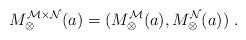
LaTeX: \begin{align*}M_\otimes^{\mathcal{M}\times\mathcal{N}}(a)=(M_\otimes^{\mathcal{M}}(a), M_\otimes^{\mathcal{N}}(a))\;.\end{align*}